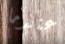
عندما